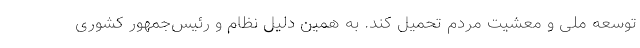
توسعه ملی و معشیت مردم تحمیل کند. به همین دلیل نظام و رئیس‌جمهور کشوری